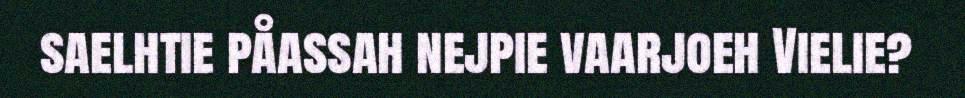
saelhtie påassah nejpie vaarjoeh Vielie?